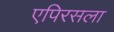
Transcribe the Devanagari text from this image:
एपिरसला